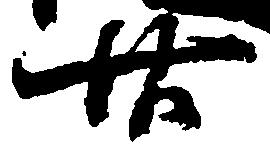
廿